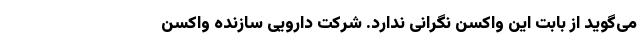
می‌گوید از بابت این واکسن نگرانی ندارد. شرکت دارویی سازنده واکسن